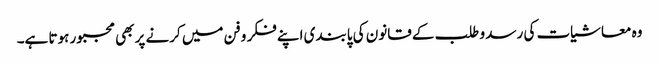
وہ معاشیات کی رسد و طلب کے قانون کی پابندی اپنے فکر و فن میں کرنے پر بھی مجبور ہوتا ہے۔